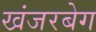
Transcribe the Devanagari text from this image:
खंजरबेग